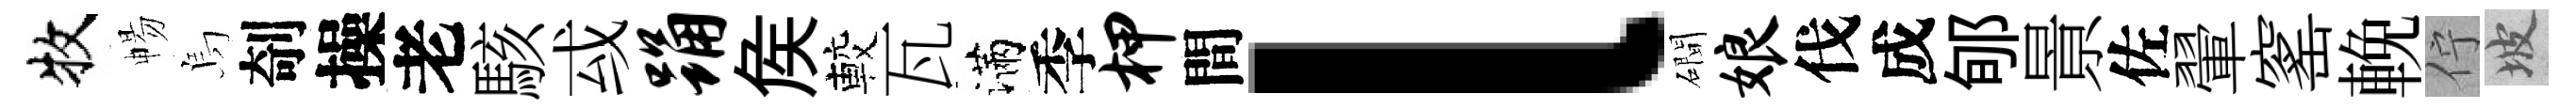
牧暢烏剞操老駭㦯踊矦較瓦滿季柙間l磵娘伐成郇㬌佐翬窰輓佇坡